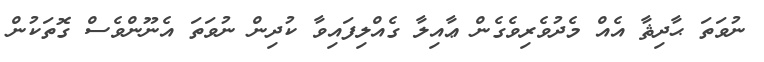
ނުވަތަ ޙާދިޘާ އެއް މެދުވެރިވެގެން ޢާއިލާ ގެއްލިފައިވާ ކުދިން ނުވަތަ އެނޫންވެސް ގޮތަކުން